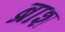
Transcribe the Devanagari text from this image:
ब्राश